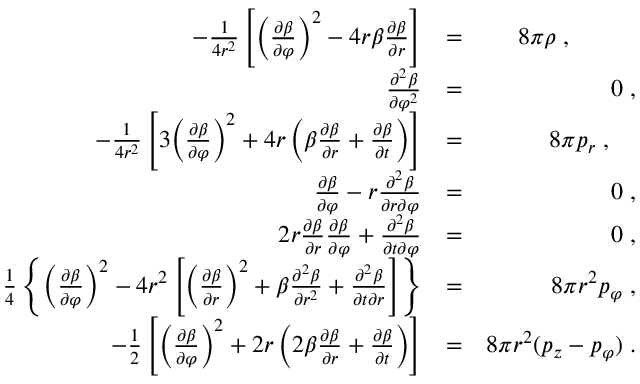
\begin{array} { r l r } { - \frac { 1 } { 4 r ^ { 2 } } \left[ \left( \frac { \partial \beta } { \partial \varphi } \right) ^ { 2 } - 4 r \beta \frac { \partial \beta } { \partial r } \right] } & { = } & { 8 \pi \rho \; , \; \; \; \; \; \; \; \; \; \; } \\ { \frac { \partial ^ { 2 } \beta } { \partial \varphi ^ { 2 } } } & { = } & { 0 \; , } \\ { - \frac { 1 } { 4 r ^ { 2 } } \left[ 3 \! \left( \frac { \partial \beta } { \partial \varphi } \right) ^ { 2 } + 4 r \left( \beta \frac { \partial \beta } { \partial r } + \frac { \partial \beta } { \partial t } \right) \right] } & { = } & { 8 \pi p _ { r } \; , \; \; \; \; } \\ { \frac { \partial \beta } { \partial \varphi } - r \frac { \partial ^ { 2 } \beta } { \partial r \partial \varphi } } & { = } & { 0 \; , } \\ { 2 r \frac { \partial \beta } { \partial r } \frac { \partial \beta } { \partial \varphi } + \frac { \partial ^ { 2 } \beta } { \partial t \partial \varphi } } & { = } & { 0 \; , } \\ { \frac { 1 } { 4 } \left\{ \left( \frac { \partial \beta } { \partial \varphi } \right) ^ { 2 } - 4 r ^ { 2 } \left[ \left( \frac { \partial \beta } { \partial r } \right) ^ { 2 } + \beta \frac { \partial ^ { 2 } \beta } { \partial r ^ { 2 } } + \frac { \partial ^ { 2 } \beta } { \partial t \partial r } \right] \right\} } & { = } & { 8 \pi r ^ { 2 } p _ { \varphi } \; , } \\ { - \frac { 1 } { 2 } \left[ \left( \frac { \partial \beta } { \partial \varphi } \right) ^ { 2 } + 2 r \left( 2 \beta \frac { \partial \beta } { \partial r } + \frac { \partial \beta } { \partial t } \right) \right] } & { = } & { 8 \pi r ^ { 2 } ( p _ { z } - p _ { \varphi } ) \; . } \end{array}